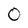
Character: O